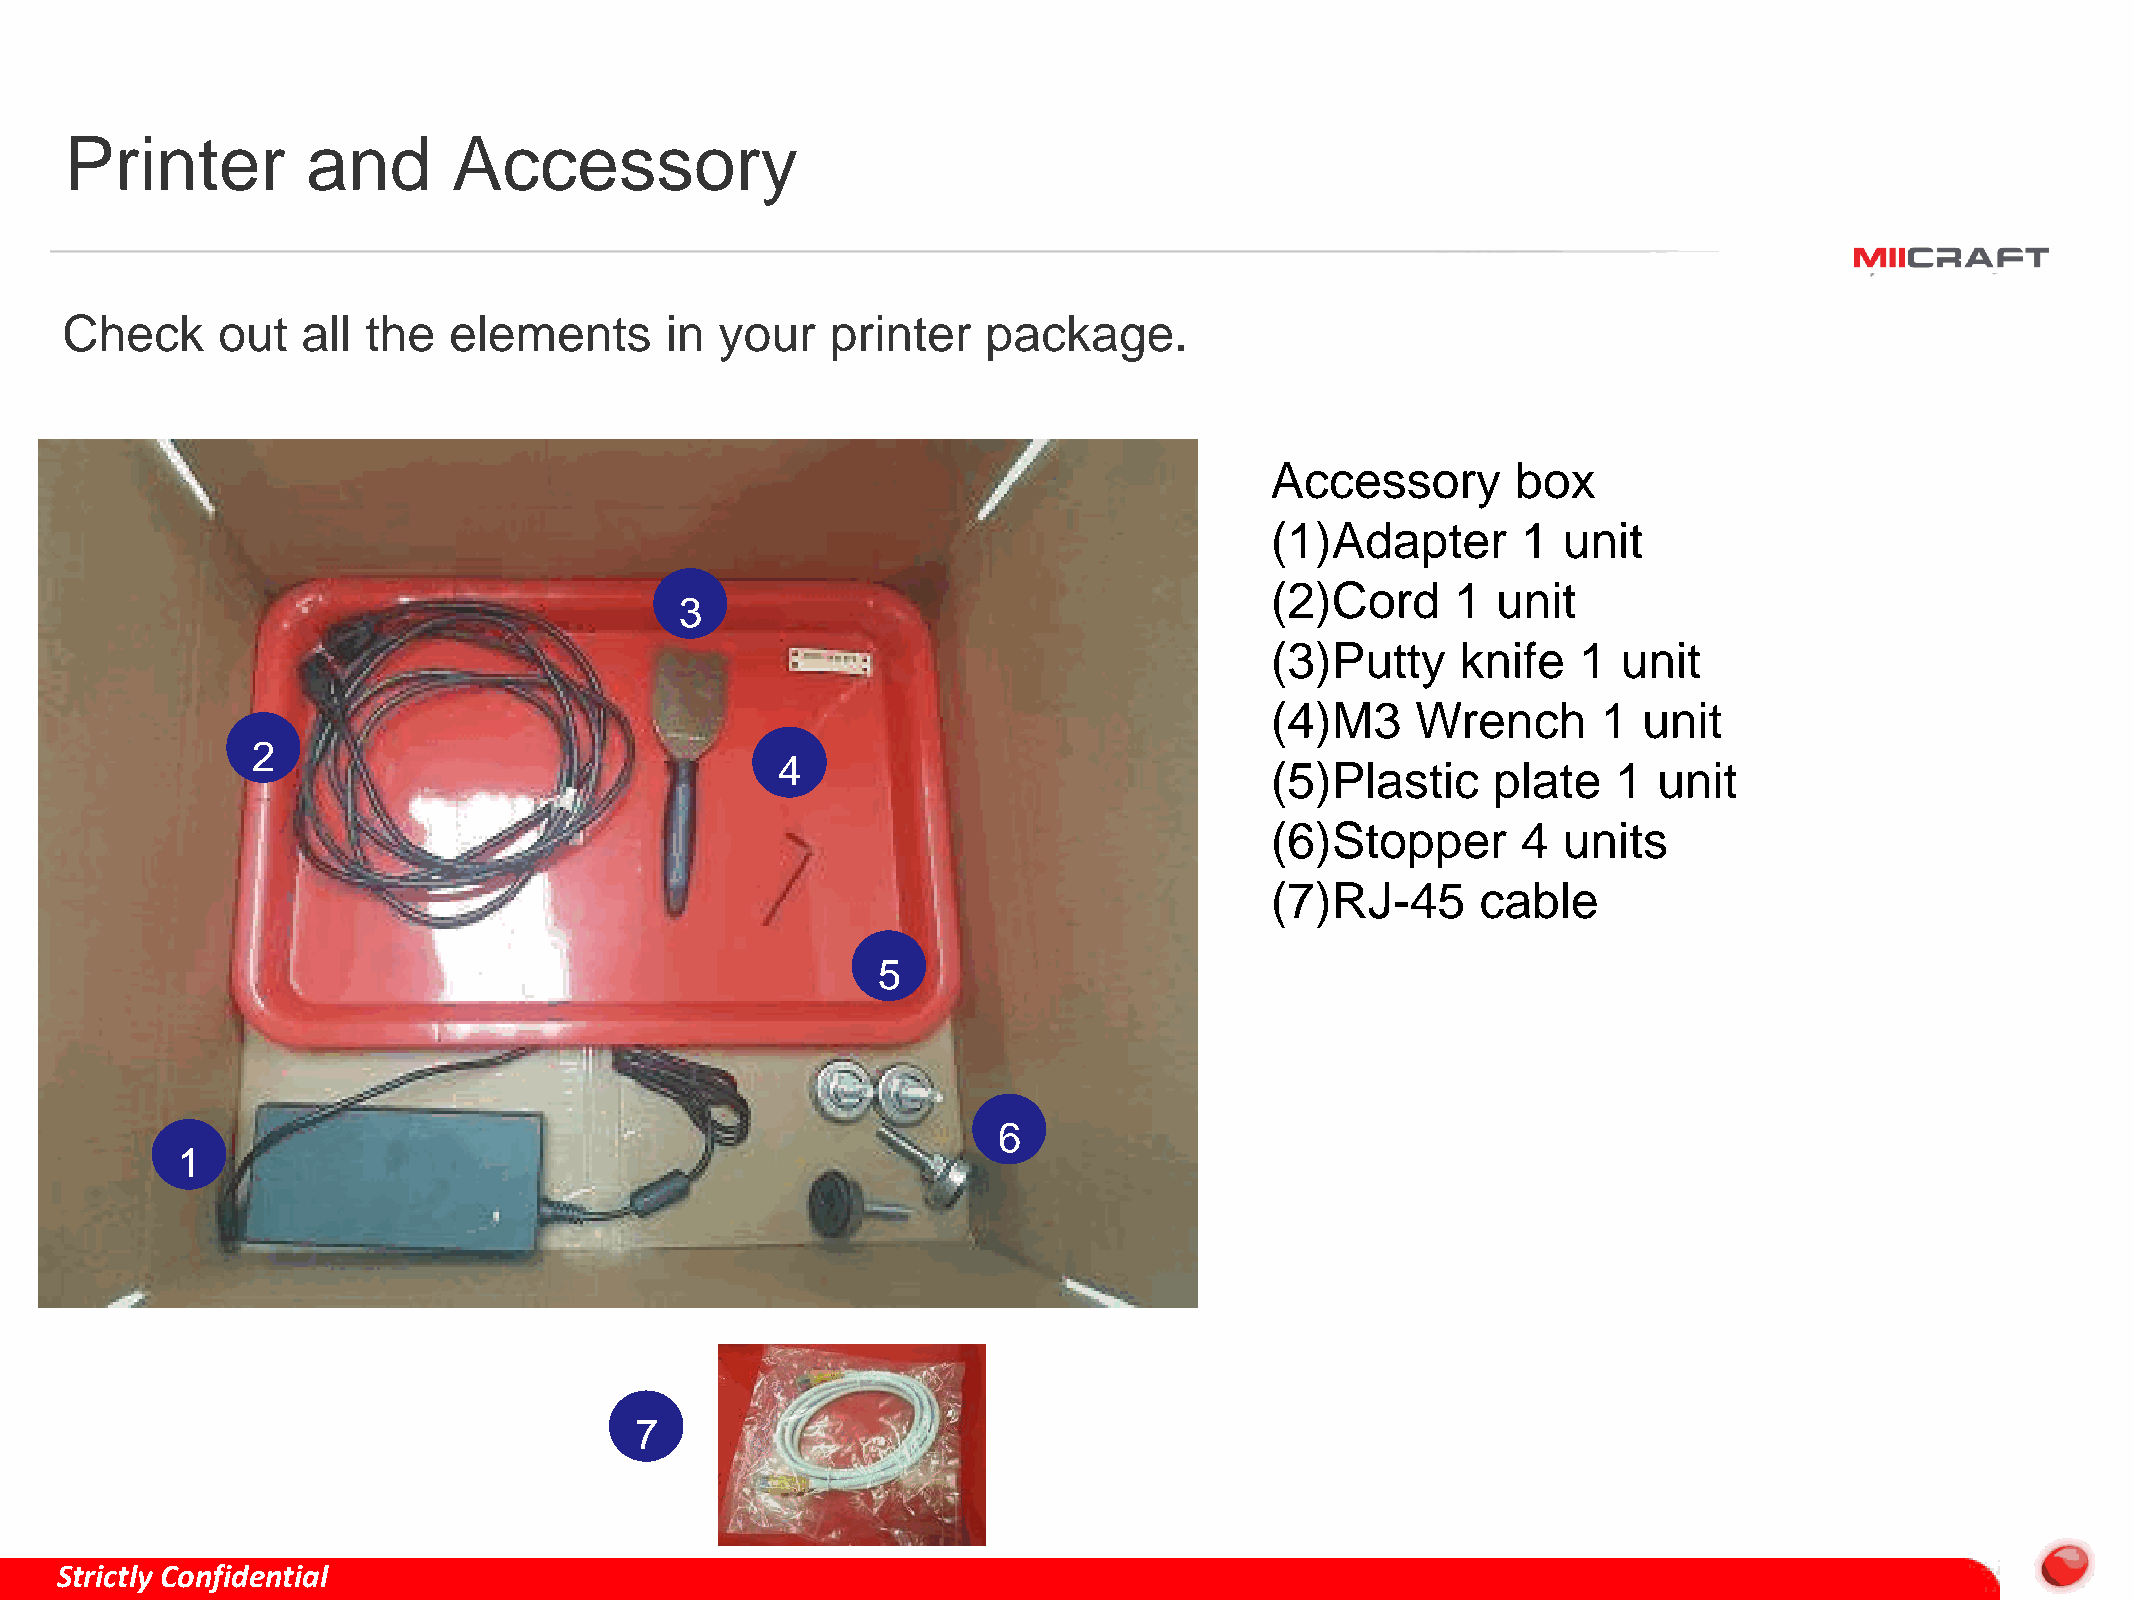
Printer         and       Accessory
 Check     out   all the   elements      in  your   printer   package.
 Accessory       box
 (1)Adapter       1 unit
 (2)Cord     1  unit
 3
 (3)Putty     knife   1 unit
 (4)M3     Wrench      1  unit
 2
 4                               (5)Plastic     plate   1  unit
 (6)Stopper       4 units
 (7)RJ-45      cable
 5
 6
 1
 7
 Strictly Confidential